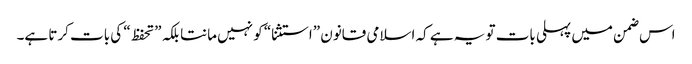
اس ضمن میں پہلی بات تو یہ ہے کہ اسلامی قانون ”استثنا“ کو نہیں مانتا بلکہ ”تحفظ“ کی بات کرتا ہے۔